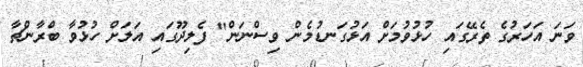
ވަނަ އަހަރުގެ ތެރޭގައި ހުޅުވުމަށް އަޅުގަނޑުމެން ވިސްނަން" ފެލިދޫގައި އަލަށް ހުޅުވާ ބްރާންޗާ